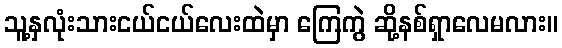
သူ့နှလုံးသားငယ်ငယ်လေးထဲမှာ ကြေကွဲ ဆို့နစ်ရှာလေမလား။